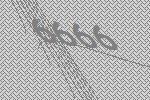
6666